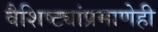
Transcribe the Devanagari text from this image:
वैशिष्ट्यांप्रमाणेही